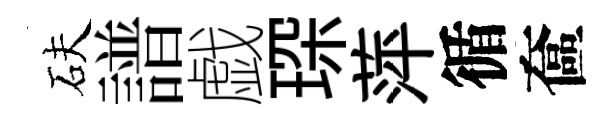
砆譜戯琛萍循奩